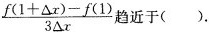
\frac{f(1+ \Delta x)-f(1)}{3 \Delta x}趋近于( ).